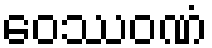
ဝေဿဝဏံ